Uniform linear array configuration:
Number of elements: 48
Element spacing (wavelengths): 0.5
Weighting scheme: uniform
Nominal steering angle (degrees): -60
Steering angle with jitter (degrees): -60.774
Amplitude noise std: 0.05
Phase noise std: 0.05

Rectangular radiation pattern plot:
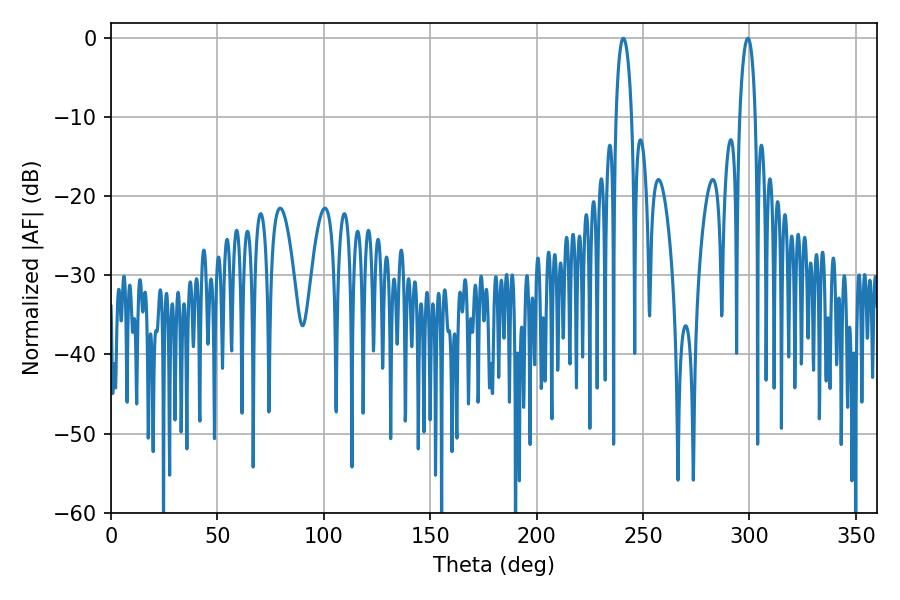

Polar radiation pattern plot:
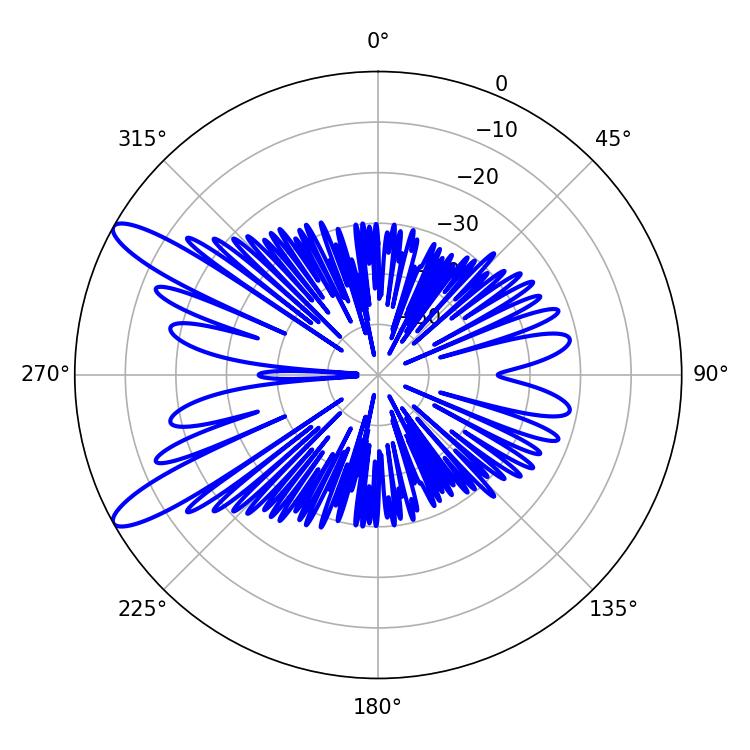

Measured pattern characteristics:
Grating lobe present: FALSE
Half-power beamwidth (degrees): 4.14
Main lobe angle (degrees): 240.66